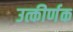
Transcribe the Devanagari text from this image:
उत्कीर्णक